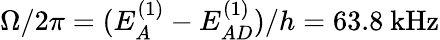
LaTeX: \Omega/2\pi=(E_{A}^{(1)}-E_{AD}^{(1)})/h=63.8~\mathrm{{kHz}}